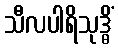
သီလပါရိသုဒ္ဓိံ